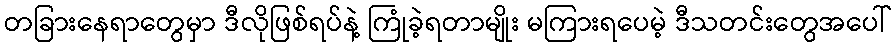
တခြားနေရာတွေမှာ ဒီလိုဖြစ်ရပ်နဲ့ ကြုံခဲ့ရတာမျိုး မကြားရပေမဲ့ ဒီသတင်းတွေအပေါ်